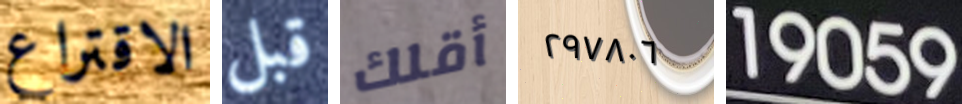
الاقتراع قبل أقلك ٢٩٧٨٠٦ 19059